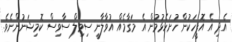
އެދި އެ އޮފީހަކުން ހުށަހެޅުމުން އެ މަގާމެއް އުވާލާނީ ސިވިލް ސާވިސް ކޮމިޝަނުންނެވެ.